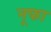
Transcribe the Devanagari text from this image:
नूफा